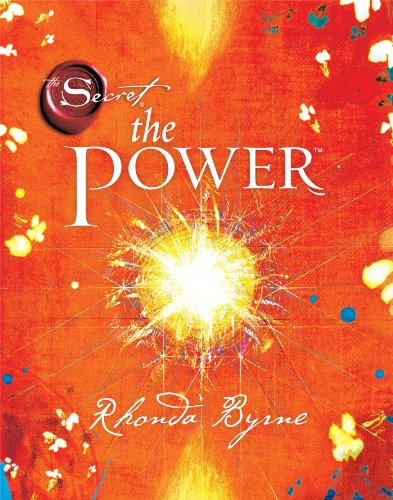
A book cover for The Power (The Secret); Rhonda Byrne; Self-Help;